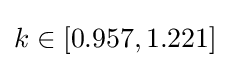
k\in [0.957,1.221]